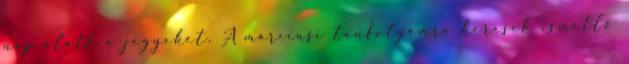
nap alatt a jegyeket. A márciusi tanfolyamra keresek ismétlő